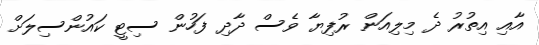
އާއި އިތުރު ދެ މިލިއަން ރުފިޔާ ވެސް ދާދި ފަހުން ސިޓީ ކައުންސިލަށް